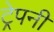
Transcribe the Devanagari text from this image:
ट्रेपनी